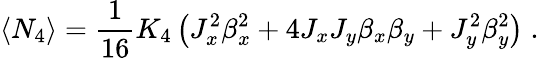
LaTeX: \langle N_{4}\rangle=\frac{1}{16}K_{4}\left(J_{x}^{2}\beta_{x}^{2}+4J_{x}J_{y}\beta_{x}\beta_{y}+J_{y}^{2}\beta_{y}^{2}\right)\; .